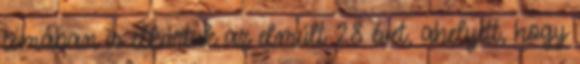
témában is elkúrtuk az elmúlt 28 évet, ahelyett, hogy